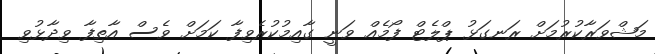
މަޝްވަރާކުރުމަށް ރަނގަޅު ޕްލެޓް ފޯމެއް ވަނީ ގާއިމުކުރެވިފާ ކަމަށް ވެސް އާތިފާ ވިދާޅުވި